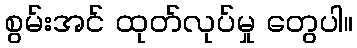
စွမ်းအင် ထုတ်လုပ်မှု တွေပါ။